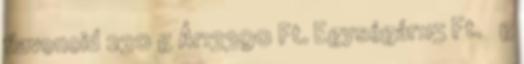
flavonoid 230 g Ár:3390 Ft. Egységár:15 Ft. g